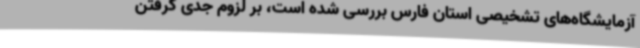
آزمایشگاه‌های تشخیصی استان فارس بررسی شده است، بر لزوم جدی گرفتن